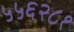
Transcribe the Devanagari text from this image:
५५६२८१